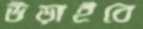
উড়াইবে